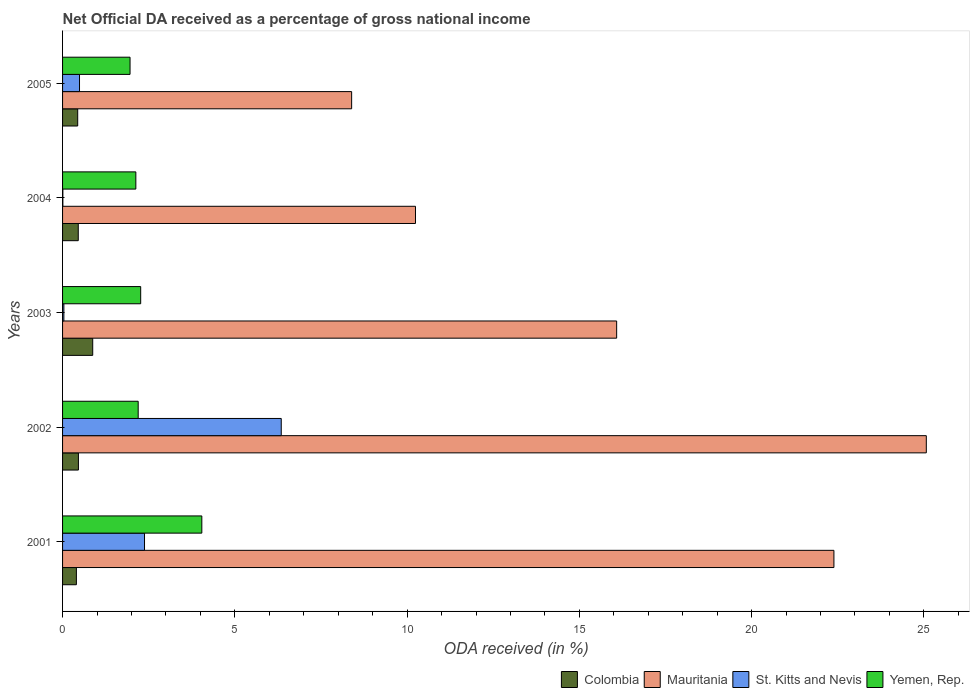
| Years | Colombia | Mauritania | St. Kitts and Nevis | Yemen, Rep. |
 | --- | --- | --- | --- | --- |
 | 2001 | 0.401 | 22.4 | 2.38 | 4.04 |
 | 2002 | 0.46 | 25.1 | 6.35 | 2.19 |
 | 2003 | 0.875 | 16.1 | 0.0381 | 2.27 |
 | 2004 | 0.455 | 10.2 | 0.00865 | 2.13 |
 | 2005 | 0.439 | 8.39 | 0.492 | 1.96 |